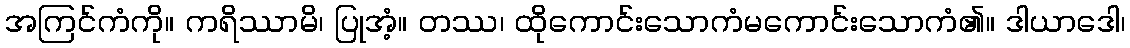
အကြင်ကံကို။ ကရိဿာမိ၊ ပြုအံ့။ တဿ၊ ထိုကောင်းသောကံမကောင်းသောကံ၏။ ဒါယာဒေါ၊